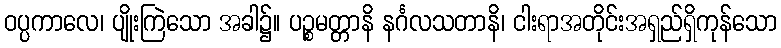
ဝပ္ပကာလေ၊ ပျိုးကြဲသော အခါ၌။ ပဉ္စမတ္တာနိ နင်္ဂလသတာနိ၊ ငါးရာအတိုင်းအရှည်ရှိကုန်သော